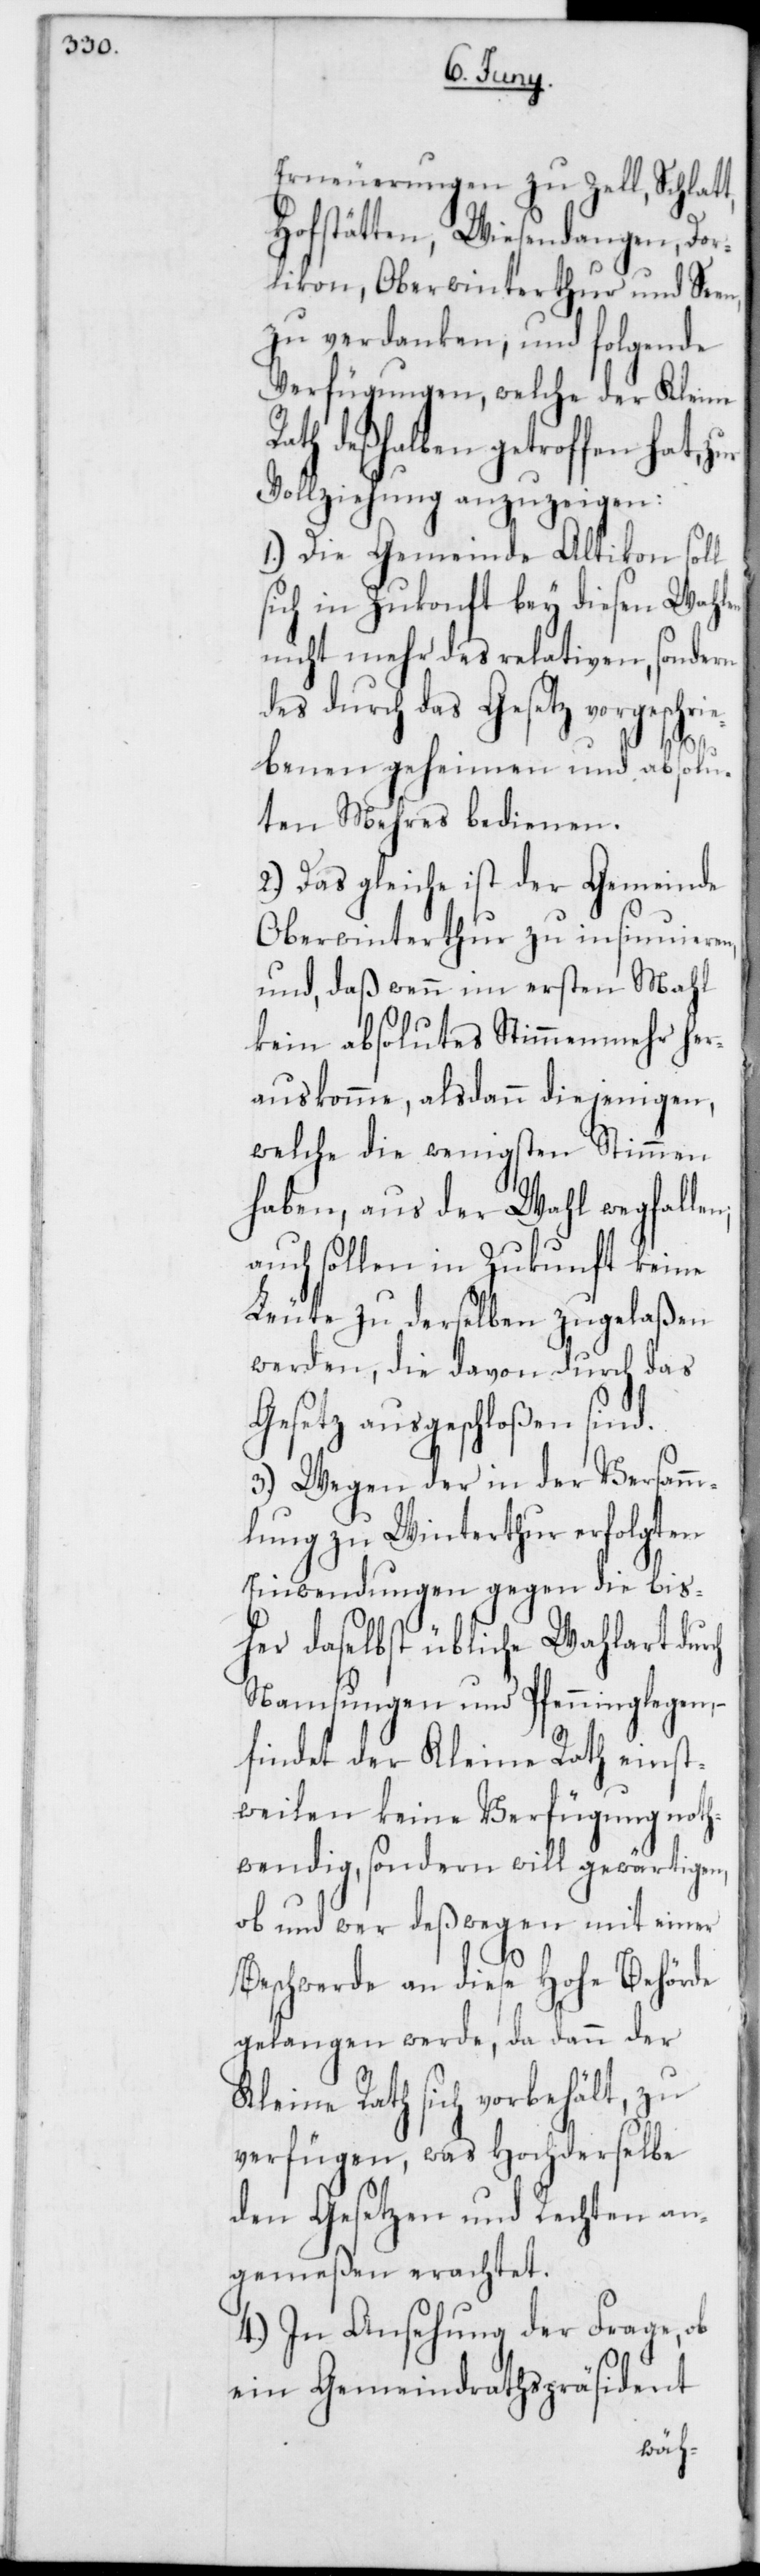
Erneuerungen zu Zell, Schlatt,
Hofstätten, Wiesendangen, Dor¬
likon, Oberwinterthur und Seen,
zu verdanken, und folgende
Verfügungen, welche der Kleine
Rath deßhalben getroffen hat,
Vollziehung anzuzeigen:
1.) Die Gemeinde Altikon soll
sich in Zukonft bey diesen Wahlen
nicht mehr des relativen, sondern
des durch das Gesetz vorgeschrie¬
benen geheimen und absolu¬
ten Mehres bedienen.
2.) Das Gleiche ist der Gemeinde
Oberwinterthur zu insinuieren,
und, daß wenn im ersten Mahl
kein absolutes Stimmenmehr her¬
auskomme, alsdann diejenigen,
welche die wenigsten Stimmen
haben, aus der Wahl wegfalle¬
auch sollen in Zukunft keine
Leute zu derselben zugelaßen
werden, die davon durch das
Gesetz ausgeschloßen sind.
3.) Wegen der in der Versamm¬
lung zu Winterthur erfolgten
Einwendungen gegen die bis¬
her daselbst übliche Wahlart dur¬
Namsungen und Pfenninglegen, –
findet der Kleine Rath einst¬
weilen keine Verfügung noth¬
wendig, sondern will gewärtigen,
ob und wer deßwegen mit einer
ch
Beschwerde an diese Hohe Behörde
gelangen werde, da dann der
Kleine Rath sich vorbehält, zu
verfügen, was Hochderselbe
den Gesetzen und Rechten an¬
gemeßen erachtet.
4.) In Ansehung der Frage, ob
ein Gemeindrathspräsident